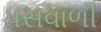
પસવાળી